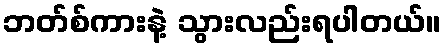
ဘတ်စ်ကားနဲ့ သွားလည်းရပါတယ်။